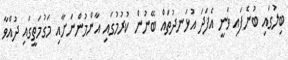
ބިލުގައި ބުނެފައި ވަނީ އެފަދަ އުޅަނދުތައް ބޭނުން ކުރުމުގައި އާންމުންނަށާއި މަގުމަތީގައި ދުއްވާ